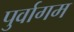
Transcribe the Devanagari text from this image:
पुर्वागम